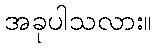
အခုပါသလား။